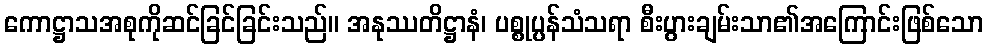
ကောဋ္ဌာသအစုကိုဆင်ခြင်ခြင်းသည်။ အနုဿတိဋ္ဌာနံ၊ ပစ္စုပ္ပန်သံသရာ စီးပွားချမ်းသာ၏အကြောင်းဖြစ်သော